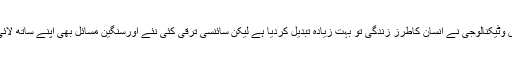
سائنس وٹیکنالوجی نے انسان کاطرزِ زندگی تو بہت زیادہ تبدیل کردیا ہے لیکن سائنسی ترقی کئی نئے اورسنگین مسائل بھی اپنے ساتھ لائی ہے۔